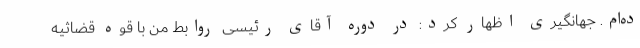
ده‌ام. جهانگیری اظهار کرد: در دوره آقای رئیسی روابط من با قوه قضاثیه